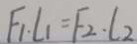
F _ { 1 } \cdot l _ { 1 } = F _ { 2 } \cdot l _ { 2 }